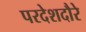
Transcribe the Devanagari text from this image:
परदेशदौरे